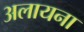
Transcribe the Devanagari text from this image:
अलायना